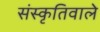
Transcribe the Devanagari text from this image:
संस्कृतिवाले